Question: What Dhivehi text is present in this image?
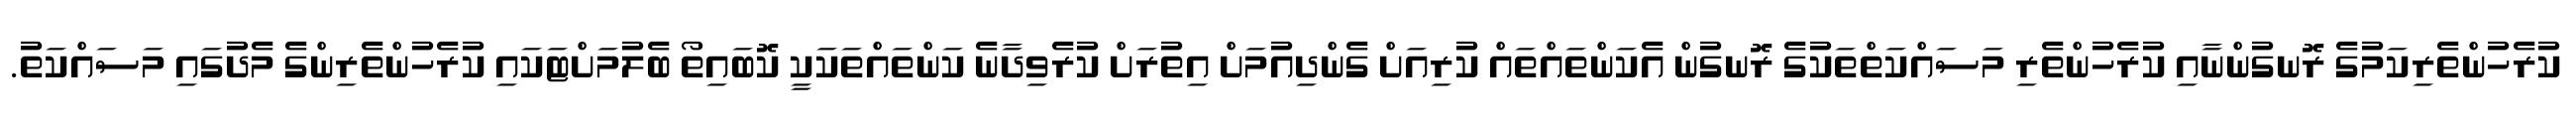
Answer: ކުރެހުންތެރިކަމުގެ ރޮނގުންނާއި ކުރެހުންތެރި މަސައްކަތްތަކުގެ ރޮނގުން އެކަންތައްތައް ކުރިއަށް ގެންދިއުމަށް އިތުރަށް ކުރެވިދާނެ ކަންތައްތަކަކީ ކޮބައިތޯ ބެލުމަށްޓަކައި ކުރެހުންތެރިންގެ މެދުގައި މަސައްކަތު.